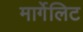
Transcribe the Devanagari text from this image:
मार्गेलिट